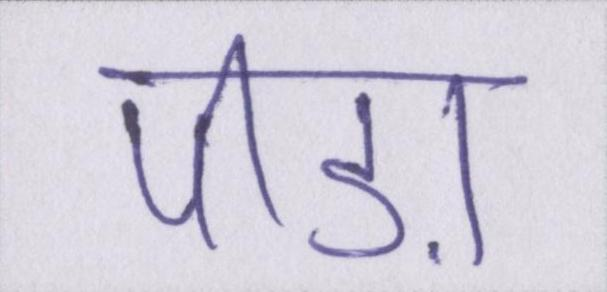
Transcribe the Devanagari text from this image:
पीड़ा